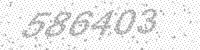
Solution: 586403